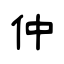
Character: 仲